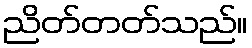
ညိတ်တတ်သည်။